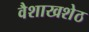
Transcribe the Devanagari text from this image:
वैशाखशेठ